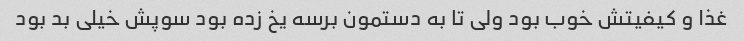
غذا و کیفیتش خوب بود ولی تا به دستمون برسه یخ زده بود سوپش خیلی بد بود